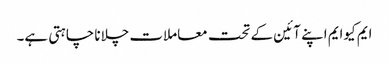
ایم کیوایم اپنے آئین کے تحت معاملات چلانا چاہتی ہے۔